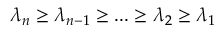
\lambda _ { n } \geq \lambda _ { n - 1 } \geq . . . \geq \lambda _ { 2 } \geq \lambda _ { 1 }